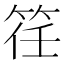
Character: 䇮